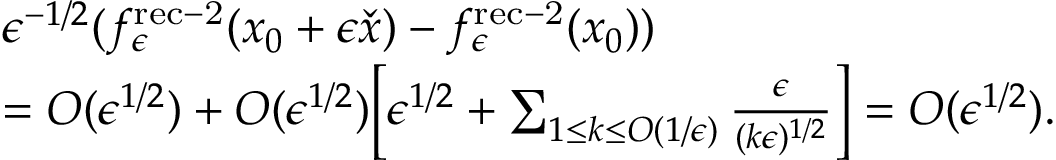
\begin{array} { r l } & { \epsilon ^ { - 1 / 2 } ( f _ { \epsilon } ^ { \mathrm { r e c - 2 } } ( x _ { 0 } + \epsilon \check { x } ) - f _ { \epsilon } ^ { \mathrm { r e c - 2 } } ( x _ { 0 } ) ) } \\ & { = O ( \epsilon ^ { 1 / 2 } ) + O ( \epsilon ^ { 1 / 2 } ) \biggl [ \epsilon ^ { 1 / 2 } + \sum _ { 1 \le k \le O ( 1 / \epsilon ) } \frac { \epsilon } { ( k \epsilon ) ^ { 1 / 2 } } \biggr ] = O ( \epsilon ^ { 1 / 2 } ) . } \end{array}